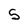
Character: S